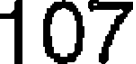
107